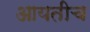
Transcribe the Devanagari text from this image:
आयतीच